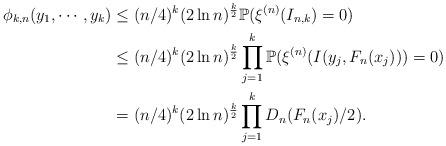
LaTeX: \begin{align*}\phi_{k,n}(y_1,\cdots,y_k)&\leq(n/4)^k(2\ln n)^{\frac{k}{2}}\mathbb{P}(\xi^{(n)}(I_{n,k})=0)\\ &\leq(n/4)^k(2\ln n)^{\frac{k}{2}}\prod_{j=1}^k\mathbb{P}(\xi^{(n)}(I(y_j, F_n(x_j)))=0)\\ &=(n/4)^k(2\ln n)^{\frac{k}{2}}\prod_{j=1}^kD_n(F_n(x_j)/2).\end{align*}